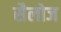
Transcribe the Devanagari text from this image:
सैलोज